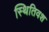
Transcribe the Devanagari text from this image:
स्थितिवश